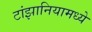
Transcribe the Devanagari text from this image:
टांझानियामध्ये